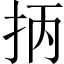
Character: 抦